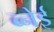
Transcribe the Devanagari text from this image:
ब्नेई